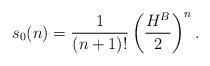
LaTeX: \begin{align*}s_{0}(n)= \frac{1}{(n+1)!} \left( \frac{H^{B}}{2} \right)^{n}.\end{align*}